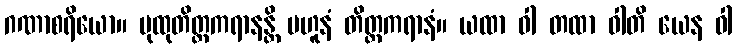
ဂဏာစရိယော။ ပုထုတိတ္ထကရာနန္တိ ဗဟူနံ တိတ္ထကရာနံ။ ယထာ ဝါ တထာ ဝါတိ ယေန ဝါ